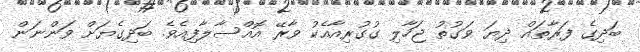
ބަދިގެ ފަރާތައް ދިޔަ ވަގުތު ޖަހާލި ގުގުރިއާއެކު ވާރޭ އޮއްސާލާފިއެވެ. ބަދިގެޔަށް ވަންނަން